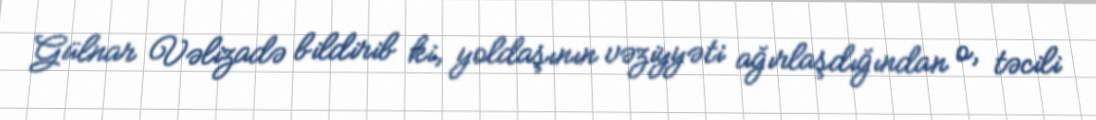
Gülnar Vəlizadə bildirib ki, yoldaşının vəziyyəti ağırlaşdığından o, təcili